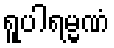
ရူပါရမ္မဏံ